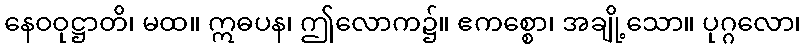
နေဝဝုဋ္ဌာတိ၊ မထ။ ဣဓပန၊ ဤလောက၌။ ဧကစ္စော၊ အချို့သော။ ပုဂ္ဂလော၊